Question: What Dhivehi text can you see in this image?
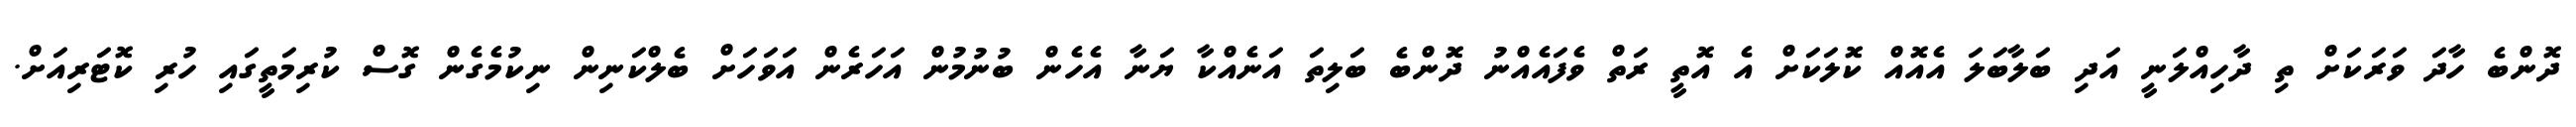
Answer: ދޮންބެ ހާދަ ވަރަކަށް ތި ދާހިއްލަނީ އަދި ބަލާބަލަ އެއޮއް ކޮލަކަށް އެ އޮތީ ރަތް ވެފައެއްނު ދޮންބެ ބަލިތަ އަނެއްކާ ޔަނާ އެހެން ބުނުމުން އަހަރެން އަވަހަށް ބެލްކަނިން ނިކުމެގެން ގޮސް ކުރިމަތީގައި ހުރި ކޮޓަރިއަށް.